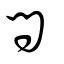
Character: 問